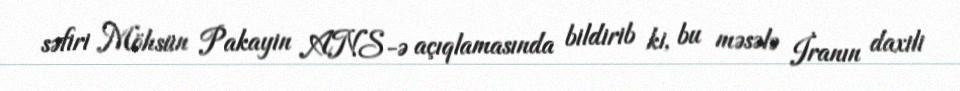
səfiri Möhsün Pakayin ANS-ə açıqlamasında bildirib ki, bu məsələ İranın daxili